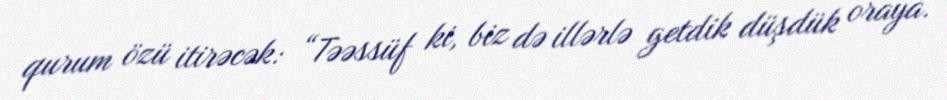
qurum özü itirəcək: “Təəssüf ki, biz də illərlə getdik düşdük oraya.